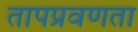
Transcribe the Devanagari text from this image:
तापप्रवणता